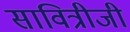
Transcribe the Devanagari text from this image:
सावित्रीजी